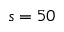
s = 5 0